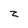
Character: z